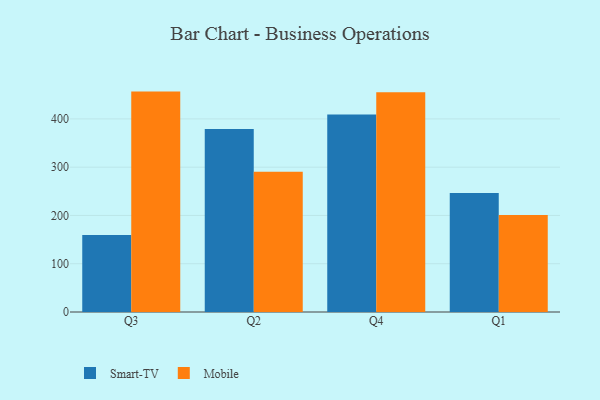
{"axis": {"x": "Quarter", "y": "Backlog"}, "legend": ["Mobile", "Smart-TV"], "data": [{"x": "Q3", "y": 159.4, "type": "Smart-TV"}, {"x": "Q3", "y": 456.6, "type": "Mobile"}, {"x": "Q2", "y": 379.3, "type": "Smart-TV"}, {"x": "Q2", "y": 290.3, "type": "Mobile"}, {"x": "Q4", "y": 409.3, "type": "Smart-TV"}, {"x": "Q4", "y": 455.0, "type": "Mobile"}, {"x": "Q1", "y": 246.5, "type": "Smart-TV"}, {"x": "Q1", "y": 201.1, "type": "Mobile"}]}